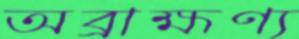
অব্রাহ্মণ্য